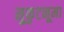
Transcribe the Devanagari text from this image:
मुकुटनूमा